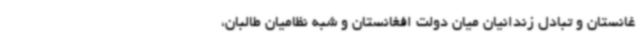
غانستان و تبادل زندانیان میان دولت افغانستان و شبه نظامیان طالبان،